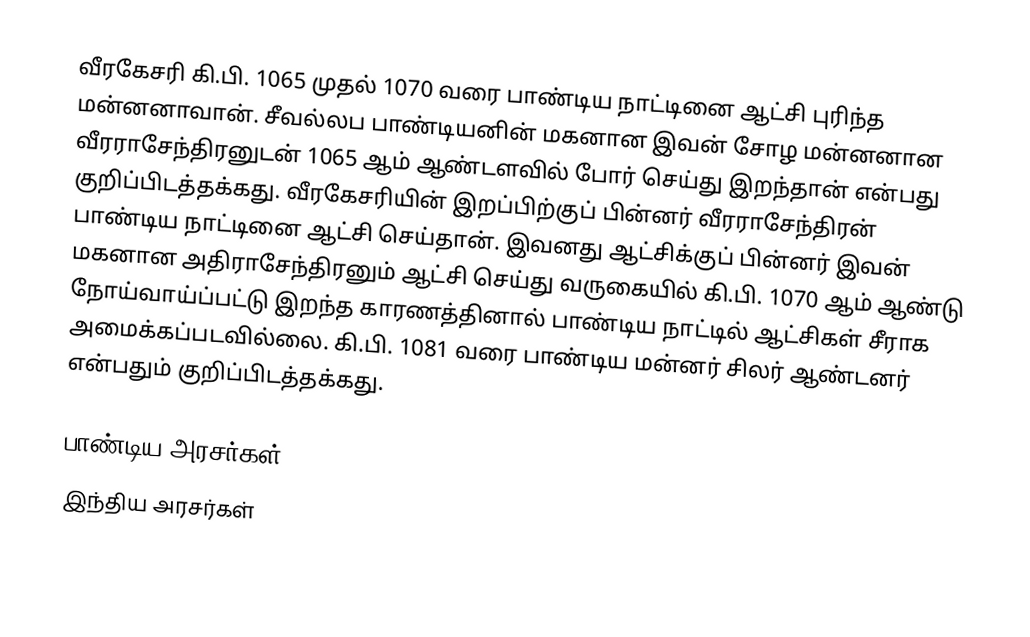
வீரகேசரி கி.பி. 1065 முதல் 1070 வரை பாண்டிய நாட்டினை ஆட்சி புரிந்த மன்னனாவான். சீவல்லப பாண்டியனின் மகனான இவன் சோழ மன்னனான வீரராசேந்திரனுடன் 1065 ஆம் ஆண்டளவில் போர் செய்து இறந்தான் என்பது குறிப்பிடத்தக்கது. வீரகேசரியின் இறப்பிற்குப் பின்னர் வீரராசேந்திரன் பாண்டிய நாட்டினை ஆட்சி செய்தான். இவனது ஆட்சிக்குப் பின்னர் இவன் மகனான அதிராசேந்திரனும் ஆட்சி செய்து வருகையில் கி.பி. 1070 ஆம் ஆண்டு நோய்வாய்ப்பட்டு இறந்த காரணத்தினால் பாண்டிய நாட்டில் ஆட்சிகள் சீராக அமைக்கப்படவில்லை. கி.பி. 1081 வரை பாண்டிய மன்னர் சிலர் ஆண்டனர் என்பதும் குறிப்பிடத்தக்கது.

பாண்டிய அரசர்கள்
இந்திய அரசர்கள்